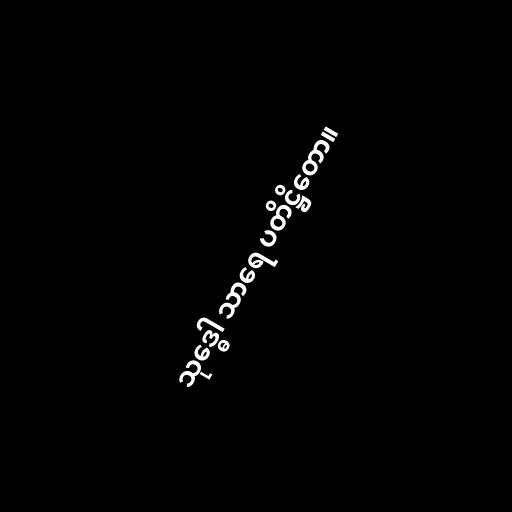
သုဒ္ဓေါ သာရေ ပတိဋ္ဌိတော။